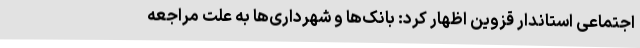
اجتماعی استاندار قزوین اظهار کرد: بانک‌ها و شهرداری‌ها به علت مراجعه